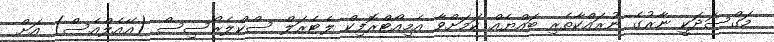
މަގްސަދަކީ ނާރުގެ ނުރައްކާތެރި ބައްޔެއް ކަމަށްވާ އެމިއޯޓްރޮފިކް ލެޓެރަލް ސްކްލެރޯސިސް (އޭއެލްއެސް) އަށް